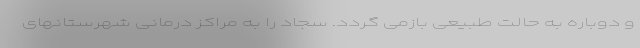
و دوباره به حالت طبیعی بازمی گردد. سجاد را به مراکز درمانی شهرستانهای